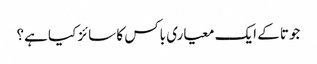
جوتا کے ایک معیاری باکس کا سائز کیا ہے؟